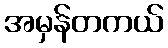
အမှန်တကယ်